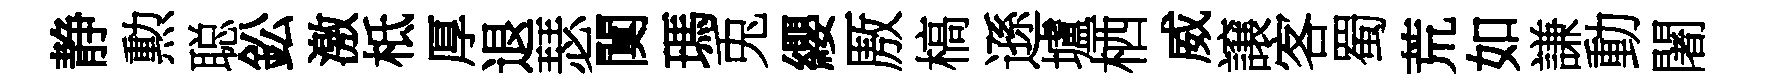
静勲聪鈆激柢厚退瑟闃瑪兎纓厫槁遜壚栖威譲客蜀荒如謙動闍